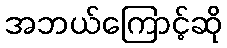
အဘယ်ကြောင့်ဆို